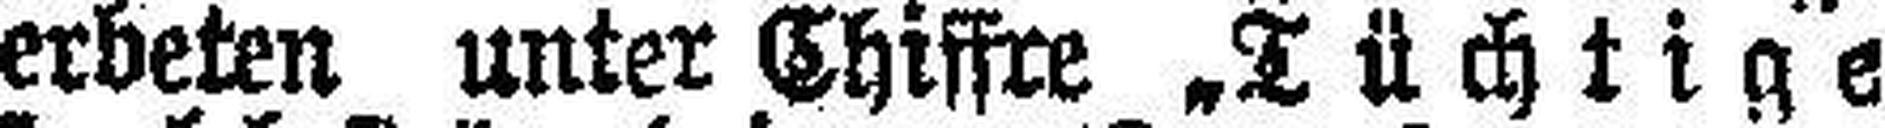
erbeten unter Chiffre „Tüchtige